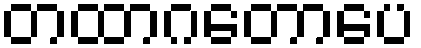
တထာဂတောပေ